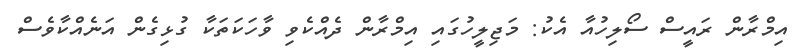
އިމްރާން ރައީސް ސޯލިހުއާ އެކު: މަޖިލީހުގައި އިމްރާން ދެއްކެވި ވާހަކަތަކާ ގުޅިގެން އަނެއްކާވެސް